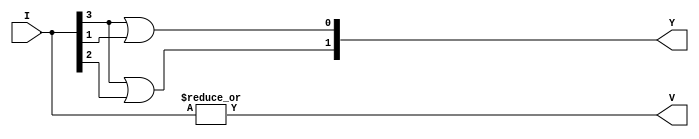
module encode_4_2_df(Y, V, I);
  input [3:0]I;
  output [1:0]Y;
  output V;
  
  assign Y = {I[3]|I[2], I[3]|I[1]};
  assign V = |I;
  
endmodule